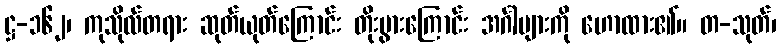
ဋ္ဌ-၁၆၂၊ ကုသိုလ်တရား ဆုတ်ယုတ်ကြောင်း တိုးပွားကြောင်း အင်္ဂါများကို ဟောထား၏။ တ-သုတ်၊